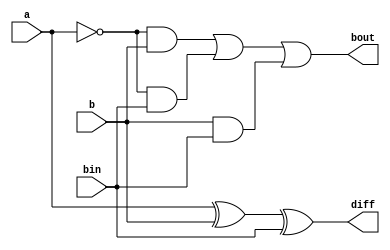
`timescale 1ns/1ps
module full_subtractor_dataflow (
  input a,    // Input 'a'
  input b,    // Input 'b'
  input bin,  // Borrow-in 'bin'
  output diff,   // Output 'diff' (Difference)
  output bout // Output 'bout' (Borrow-out)
);

  assign diff = a ^ b ^ bin;     // Dataflow expression for difference
  assign bout = (~a & b) | (~a & bin) | (b & bin); // Dataflow expression for borrow-out

endmodule